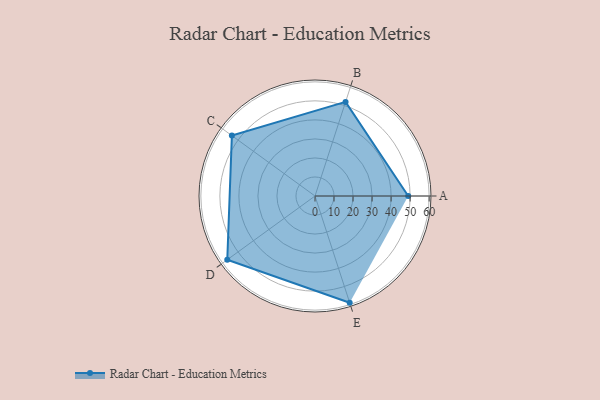
{"axis": {"x": "Skill", "y": "Score"}, "legend": ["Profile"], "data": [{"x": "A", "y": 49.0, "type": "Profile"}, {"x": "B", "y": 52.0, "type": "Profile"}, {"x": "C", "y": 54.0, "type": "Profile"}, {"x": "D", "y": 57.0, "type": "Profile"}, {"x": "E", "y": 59.0, "type": "Profile"}]}